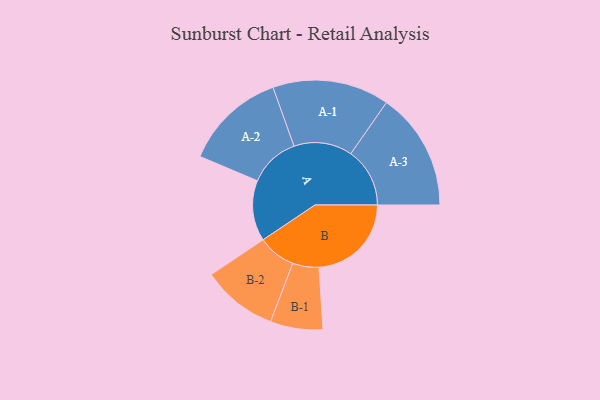
{"axis": {"x": "Segment", "y": "Value"}, "legend": ["", "A", "B"], "data": [{"x": "A", "y": 289, "type": ""}, {"x": "B", "y": 440, "type": ""}, {"x": "A-1", "y": 278, "type": "A"}, {"x": "A-2", "y": 242, "type": "A"}, {"x": "A-3", "y": 281, "type": "A"}, {"x": "B-1", "y": 125, "type": "B"}, {"x": "B-2", "y": 180, "type": "B"}]}